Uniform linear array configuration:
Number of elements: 12
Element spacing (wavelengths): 0.25
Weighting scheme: kaiser
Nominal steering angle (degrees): -15
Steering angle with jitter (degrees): -13.903
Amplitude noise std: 0.05
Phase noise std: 0.05

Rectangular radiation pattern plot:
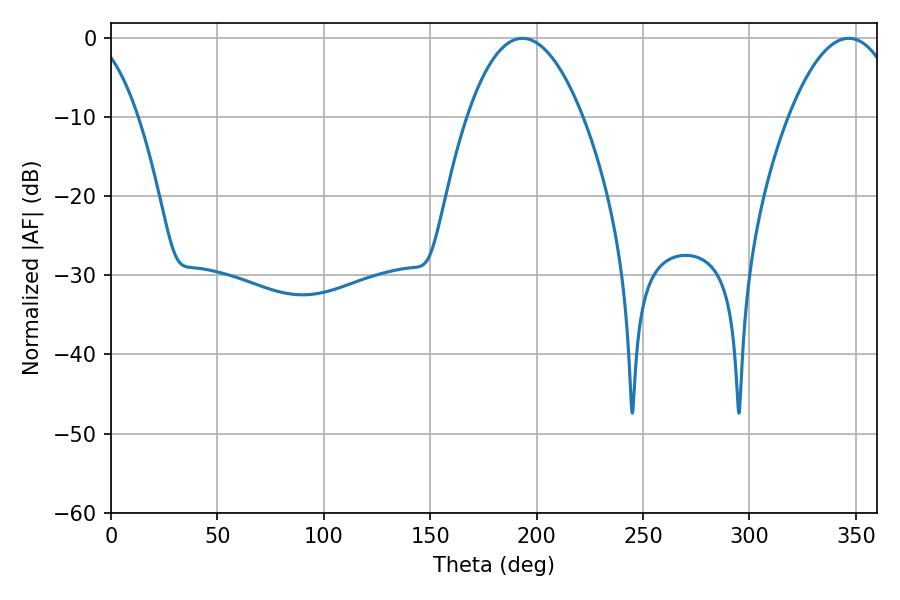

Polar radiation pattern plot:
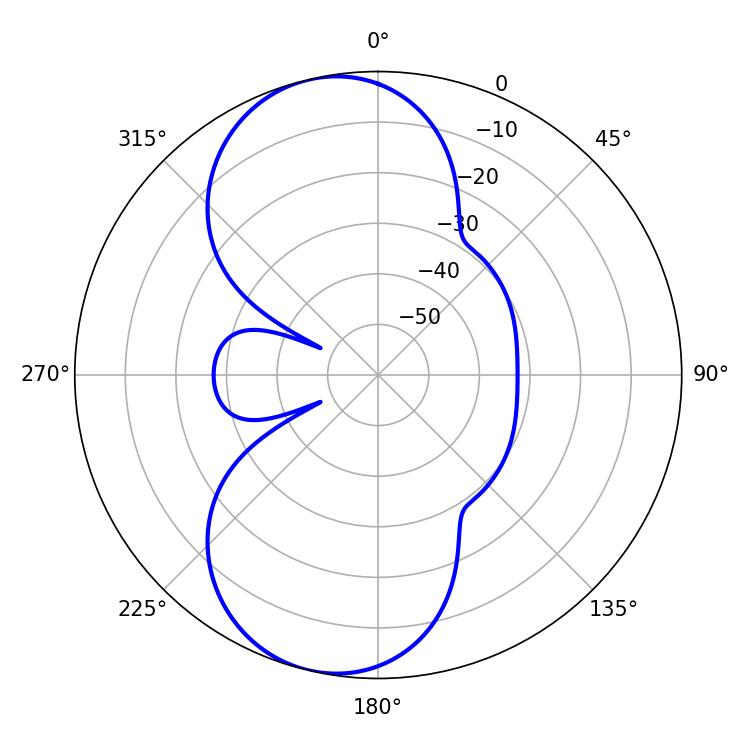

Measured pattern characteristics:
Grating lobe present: FALSE
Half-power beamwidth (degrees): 30.06
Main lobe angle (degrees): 193.32